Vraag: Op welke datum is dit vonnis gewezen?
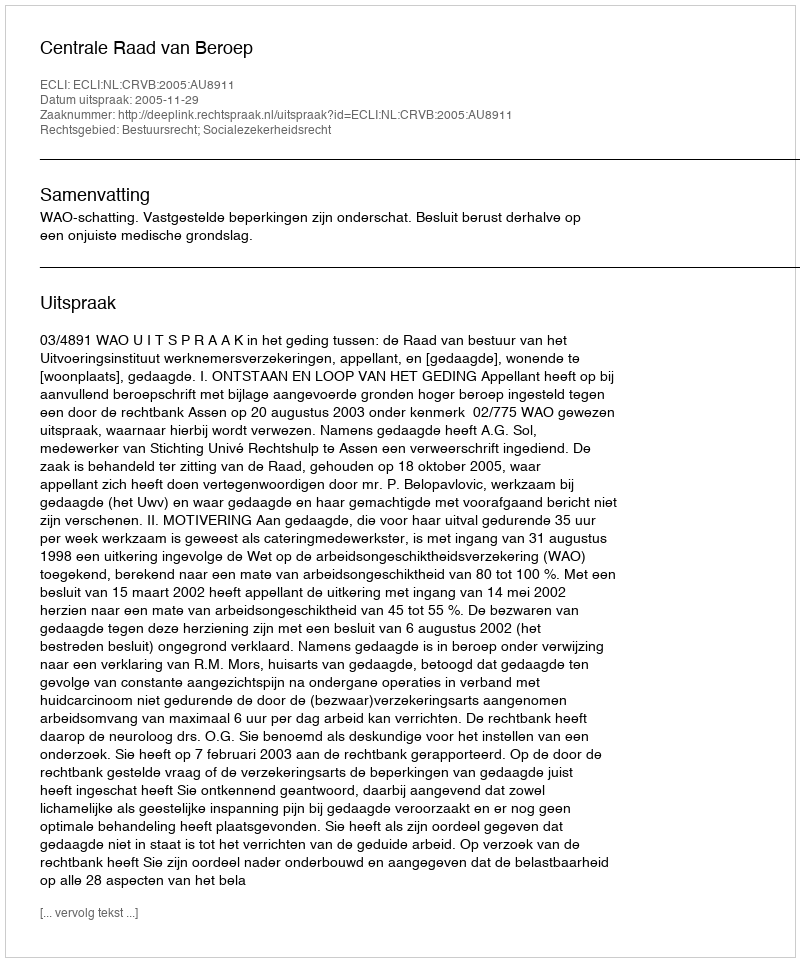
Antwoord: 2005-11-29